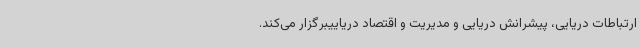
ارتباطات دریایی، پیشرانش دریایی و مدیریت و اقتصاد دریاییبرگزار می‌کند.